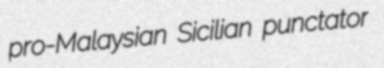
pro-Malaysian Sicilian punctator